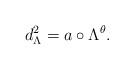
LaTeX: \begin{align*}d_\Lambda^2 = a \circ \Lambda^{\theta}.\end{align*}